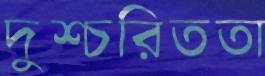
দুশ্চরিততা